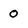
Character: o